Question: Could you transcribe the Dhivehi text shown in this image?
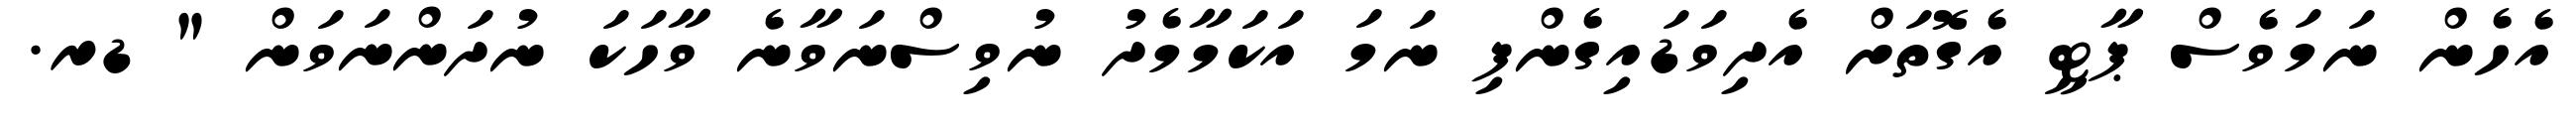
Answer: އެހެން ނަމަވެސް ޕާޓީ އެގޮތަށް އެދިވަޑައިގެންފި ނަމަ އަކަމާމެދު ނުވިސްނަވާނެ ވާހަކަ ނުދަންނަވަން " ޑރ.